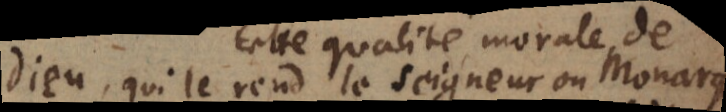
Dieu, qui le rend le Seigneur ou Monarque